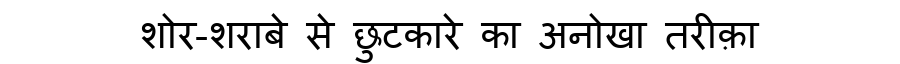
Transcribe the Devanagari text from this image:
शोर-शराबे से छुटकारे का अनोखा तरीक़ा